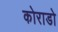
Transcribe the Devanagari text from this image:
कोराडो